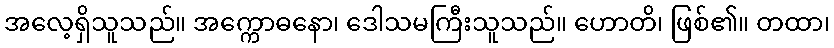
အလေ့ရှိသူသည်။ အက္ကောဓနော၊ ဒေါသမကြီးသူသည်။ ဟောတိ၊ ဖြစ်၏။ တထာ၊